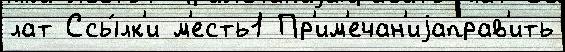
лат Ссы́лк'и м'есть1 Пр'им'ечан'иjаправ'ить